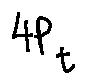
4 P _ { t }